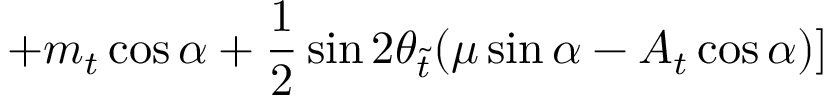
+ m _ { t } \cos \alpha + \frac { 1 } { 2 } \sin 2 \theta _ { \widetilde { t } } ( \mu \sin \alpha - A _ { t } \cos \alpha ) ]